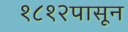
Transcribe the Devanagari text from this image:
१८१२पासून